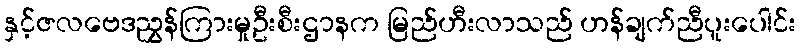
နှင့်ဇလဗေဒညွှန်ကြားမှုဦးစီးဌာနက မြည်ဟီးလာသည် ဟန်ချက်ညီပူးပေါင်း